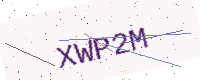
Text: XWP2M